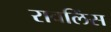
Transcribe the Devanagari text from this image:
रावलिंस